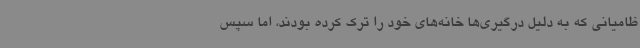
ظامیانی که به دلیل درگیری‌ها خانه‌های خود را ترک کرده بودند، اما سپس